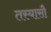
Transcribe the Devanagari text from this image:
तस्यासौ